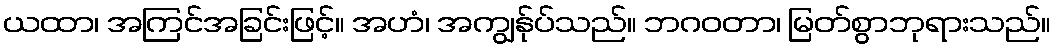
ယထာ၊ အကြင်အခြင်းဖြင့်။ အဟံ၊ အကျွန်ုပ်သည်။ ဘဂဝတာ၊ မြတ်စွာဘုရားသည်။